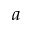
a